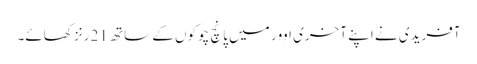
آفریدی نے اپنے آخری اوور میں پانچ چوکوں کے ساتھ 21 رنز کھائے۔